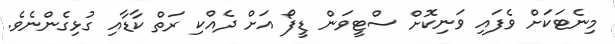
މިނެޓަކަށް ވެފައި ވަނިކޮށް ސްޓީވަން ޑީފޯ އަށް ދެއްކި ރަތް ކާޑާއި ގުޅިގެންނެވެ.